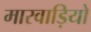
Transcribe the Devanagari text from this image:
मारवाड़ियो